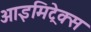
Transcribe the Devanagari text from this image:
आइमिट्रेक्स